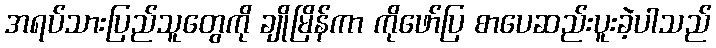
အရပ်သားပြည်သူတွေကို ချိုမြိန်ကာ ကိုဖော်ပြ စာပေဆည်းပူးခဲ့ပါသည်